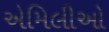
એમિલીઓ